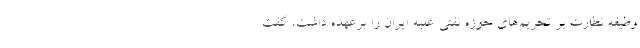
وظیفه نظارت بر تحریم‌های حوزه نفتی علیه ایران را برعهده داشت، گفت